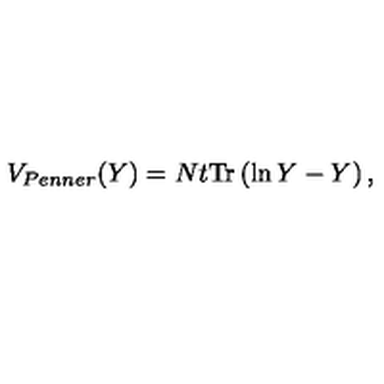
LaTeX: V _ { P e n n e r } ( Y ) = N t \mathrm { T r } \left( \ln Y - Y \right) ,